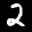
Label: 2